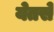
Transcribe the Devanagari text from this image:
येतसे